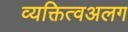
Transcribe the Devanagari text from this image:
व्यक्तित्वअलग